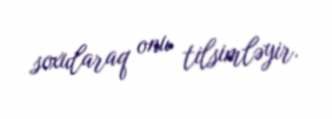
soxularaq onu tilsimləyir.